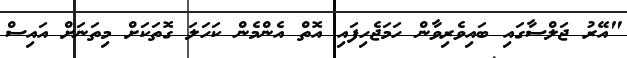
"އޭރު ޖަލްސާގައި ބައިވެރިވާން ހަމަޖެހިފައި އޮތް އެންމެން ކަހަލަ ގޮތަކަށް މިތަނަށް އައިސް